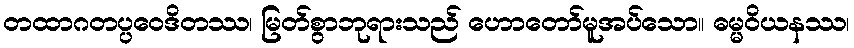
တထာဂတပ္ပဝေဒိတဿ၊ မြတ်စွာဘုရားသည် ဟောတော်မူအပ်သော။ ဓမ္မဝိယနဿ၊